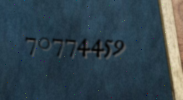
70774459